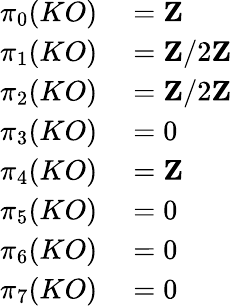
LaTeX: \begin{array}{rl}{\pi_{0}(KO)}&{{}=\mathbf{Z}}\\ {\pi_{1}(KO)}&{{}=\mathbf{Z}/2\mathbf{Z}}\\ {\pi_{2}(KO)}&{{}=\mathbf{Z}/2\mathbf{Z}}\\ {\pi_{3}(KO)}&{{}=0}\\ {\pi_{4}(KO)}&{{}=\mathbf{Z}}\\ {\pi_{5}(KO)}&{{}=0}\\ {\pi_{6}(KO)}&{{}=0}\\ {\pi_{7}(KO)}&{{}=0}\end{array}